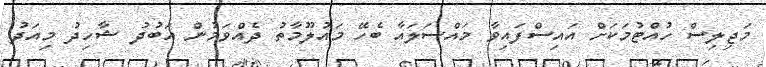
މަޖިލިސް ހުއްޓުމަކަށް އައިސްފައިވާ މައްސަލައާ ބެހޭ މައުލޫމާތު ދެއްވަމުން އަބުދު ޝާހިދު މިއަދު